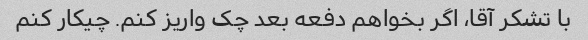
با تشکر آقا، اگر بخواهم دفعه بعد چک واریز کنم. چیکار کنم